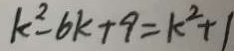
k ^ { 2 } - 6 k + 9 = k ^ { 2 } + 1